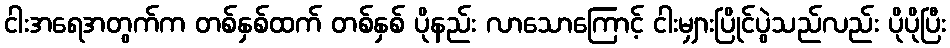
ငါးအရေအတွက်က တစ်နှစ်ထက် တစ်နှစ် ပိုနည်း လာသောကြောင့် ငါးမျှားပြိုင်ပွဲသည်လည်း ပိုပိုပြီး